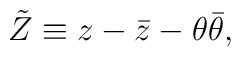
\tilde{Z} \equiv z - \bar{z} - \theta \bar{\theta },